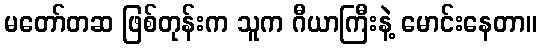
မတော်တဆ ဖြစ်တုန်းက သူက ဂီယာကြီးနဲ့ မောင်းနေတာ။